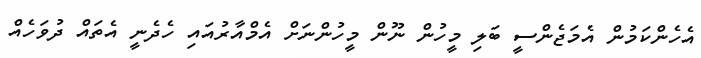
އެހެންކަމުން އެމަޖެންސީ ބަލި މީހުން ނޫން މީހުންނަށް އެމްއާރުއައި ހެދެނީ އެތައް ދުވަހެއް